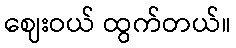
ဈေးဝယ် ထွက်တယ်။